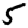
Digit: 5